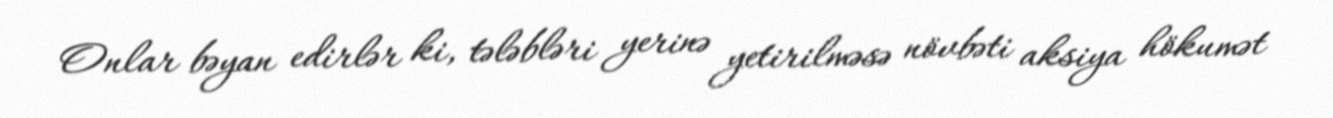
Onlar bəyan edirlər ki, tələbləri yerinə yetirilməsə növbəti aksiya hökumət